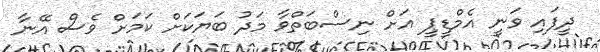
ދީފައި ވަނީ އެމްޑީޕީ އަށް ނިސްބަތްވާ މަދު ބަޔަކަށް ކަމަށް ވެސް އޭނާ